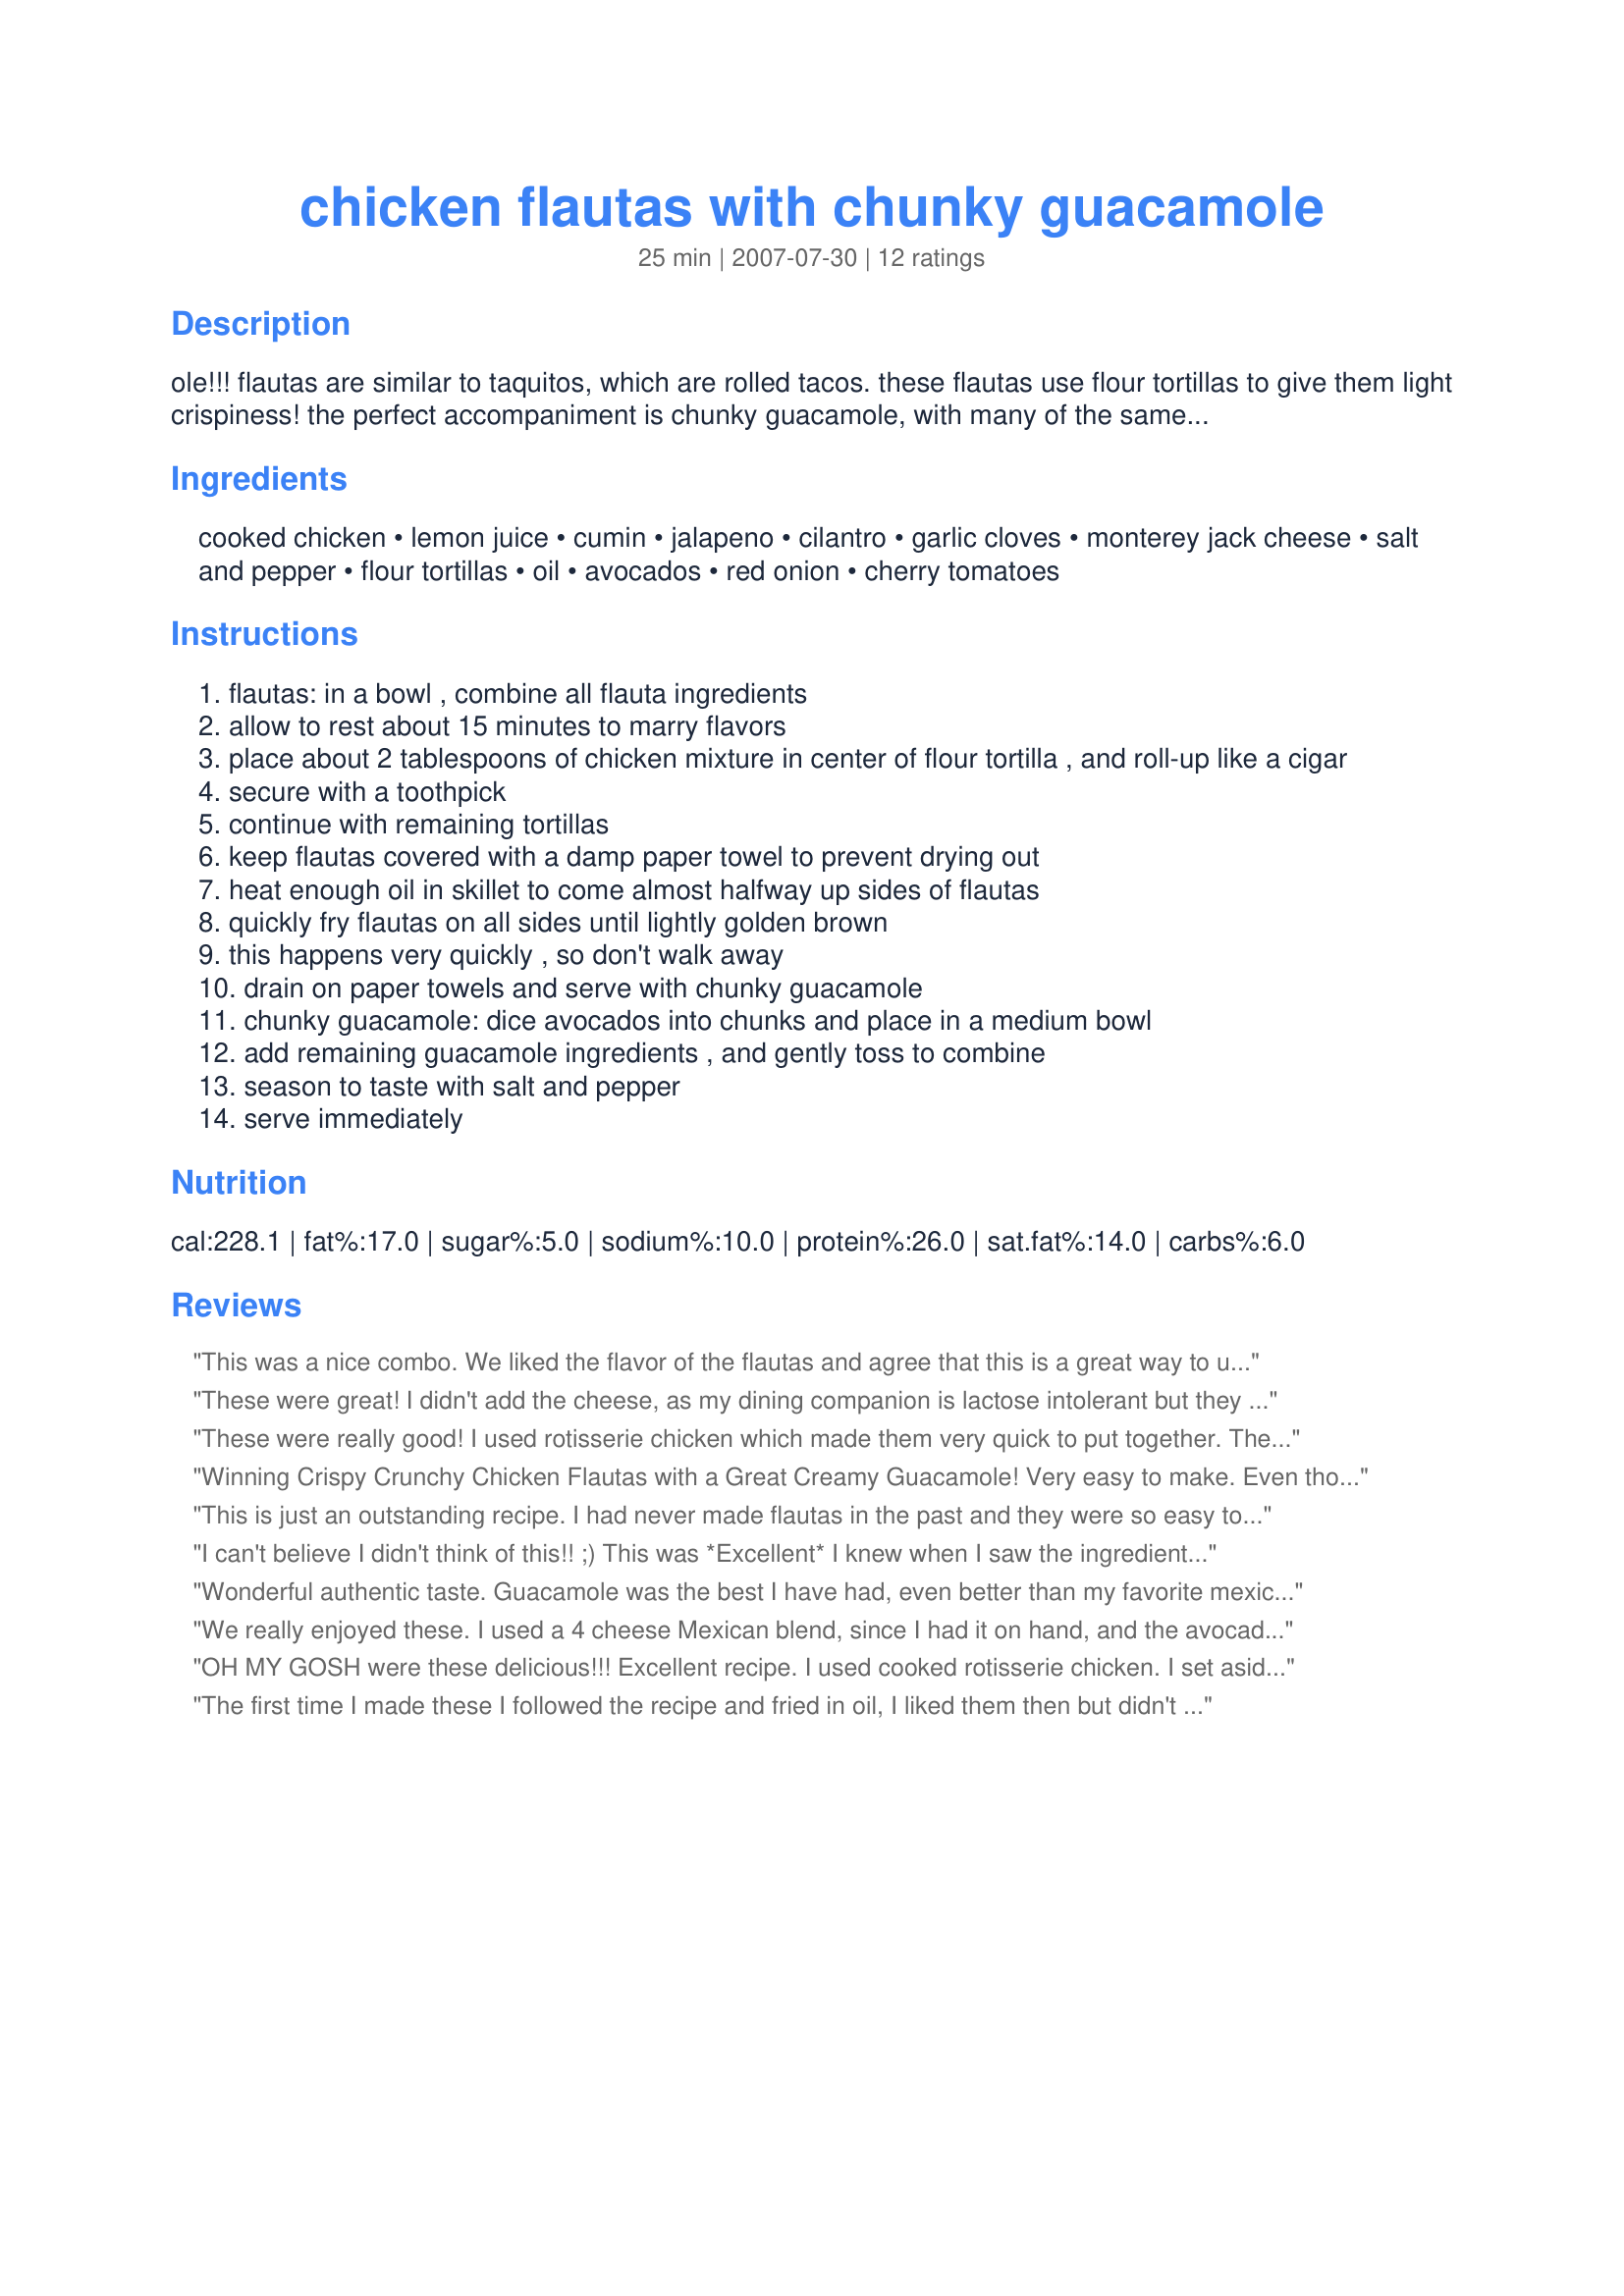
chicken flautas with chunky guacamole
Preparation time: 25 minutes

ole!!! flautas are similar to taquitos, which are rolled tacos. these flautas use flour tortillas to give them light crispiness! the perfect accompaniment is chunky guacamole, with many of the same flavors from the flautas--enjoy!

Ingredients:
cooked chicken, lemon juice, cumin, jalapeno, cilantro, garlic cloves, monterey jack cheese, salt and pepper, flour tortillas, oil, avocados, red onion, cherry tomatoes

Steps:
flautas: in a bowl , combine all flauta ingredients
allow to rest about 15 minutes to marry flavors
place about 2 tablespoons of chicken mixture in center of flour tortilla , and roll-up like a cigar
secure with a toothpick
continue with remaining tortillas
keep flautas covered with a damp paper towel to prevent drying out
heat enough oil in skillet to come almost halfway up sides of flautas
quickly fry flautas on all sides until lightly golden brown
this happens very quickly , so don't walk away
drain on paper towels and serve with chunky guacamole
chunky guacamole: dice avocados into chunks and place in a medium bowl
add remaining guacamole ingredients , and gently toss to combine
season to taste with salt and pepper
serve immediately

Reviews:
This was a nice combo. We liked the flavor of the flautas and agree that this is a great way to use left over chicken. We thought the mixture could be a little more moist though and wished they had been baked rather than fried to be more figure friendly. Good luck chef!
These were great! I didn't add the cheese, as my dining companion is lactose intolerant but they didn't feel like they were missing anything. Thanks and good luck!
These were really good! I used rotisserie chicken which made them very quick to put together. The flour tortillas also made them very filling. I didn't really notice the cheese in the final result so next time I might just leave it out. A great RSC recipe! Good luck!
Winning Crispy Crunchy Chicken Flautas with a Great Creamy Guacamole! Very easy to make. Even thought I hate to fry food this is quick. I was wanting to add more cheese and didn`t because I wanted to stay as close to the recipe as I can. Good Luck! Thanks.
This is just an outstanding recipe. I had never made flautas in the past and they were so easy to do. The guacamole was delicious and complimented the flautas perfectly, we also served it with salsa.
This will go into my favourite recipes cookbook, we just LOVED it! Made for RSC #10 :)
I can't believe I didn't think of this!! ;) This was *Excellent* I knew when I saw the ingredients I would enjoy this recipe. I love taquitos and guacamole. I've never used flour tortillas, I think this gave it a nice crunch. This was really easy to prepare. Served along side spanish rice and beans. Made a perfect Mexican Fiesta. Great RSC Recipe, good luck! ~V
Wonderful authentic taste. Guacamole was the best I have had, even better than my favorite mexican restaurant!
We really enjoyed these. I used a 4 cheese Mexican blend, since I had it on hand, and the avocado I had was a little on the mushy side so it wasn't quite as chunky. Nonetheless, it was quite delicious! I used Sakeenah's suggestion and baked the flautas, and they were perfect. Thanks for sharing!
OH MY GOSH were these delicious!!! Excellent recipe. I used cooked rotisserie chicken. I set aside some of the chicken for my husband to eat, since he doesn't care for Mexican food. Guess what? He LOVED the flautas and kept going back for more. I halved this recipe and it was just the perfect amount for the 4 of us (even though I thought I was cooking it for 3!). You can make the guacamole after step 1, while you are waiting for the flavors to marry. I suggest having sour cream and salsa, along with the yummy guacamole, to serve with the flautas. Watch your flautas while frying, so they are nicely browned. Good luck chef! Thanks for the wonderful recipe!! 
*Made for RSC 10 contest*
The first time I made these I followed the recipe and fried in oil, I liked them then but didn't like how oily they were from frying. The next I made these I borrowed the directions for Oven Fried Chimichangas #28148, I brushed the flautas with 2 T melted butter and baked at 400 for 25 minutes, they came out great!
Delish, and there are leftovers for me! LOL I made this for dinner with a friend and they were great! My avocado was a little less firm and I used a plum tomato from the yard, small dice, so not so chunky, more 'creamy.' I also used a pepper jack, for a little extra heat! These rolled up easily and fried up pretty quickly. I may try the brushing with oil and baking, next time. Sounds like the same result, with a little less oil! Thanks for sharing, Charmie777.
This was a FANTASTIC recipe. I try to stay away from fried food, but couldn't resist making this when I read the ingredients... and I'll definitely be making it again. :) My jalapeno was rather large and I have small children, so I only 1/2 of it in the flautas and the other 1/2 in the guacamole. Both turned out delicious, but I might try more jalapeno next time for me and my hubby. The guacamole was wonderful and a great complement to the flautas. I can't think of anything I would change except maybe a little bit more cheese as it was hard to taste. Can't wait to make these again!! Oh, I made the whole batch and toasted the leftovers in my toaster oven for a few minutes... they were just as tasty! Thanks for this great creation!
